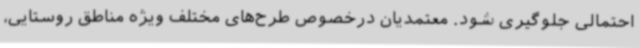
احتمالی جلوگیری شود. معتمدیان درخصوص طرح‌های مختلف ویژه مناطق روستایی،